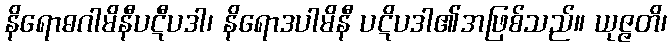
နိရောဓဂါမိနီပဋီပဒါ၊ နိရောဒပါမိနီ ပဋိပဒါ၏အဖြစ်သည်။ ယုဇ္ဇတိ၊